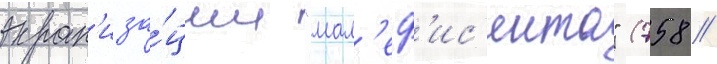
экран'иза́ции "мал'еф'ис'ента" (758 /